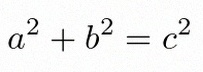
a^2+b^2=c^2